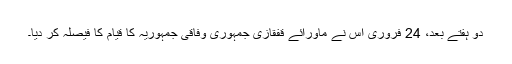
دو ہفتے بعد، 24 فروری اس نے ماورائے قفقازی جمہوری وفاقی جمہوریہ کا قیام کا فیصلہ کر دیا۔